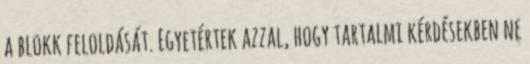
a blokk feloldását. Egyetértek azzal, hogy tartalmi kérdésekben ne